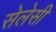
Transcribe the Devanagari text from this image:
सेलेसी